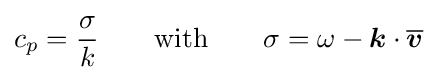
c_{p}={\frac {\sigma }{k}}\qquad {\text{with}}\qquad \sigma =\omega -{\boldsymbol {k}}\cdot {\overline {\boldsymbol {v}}}